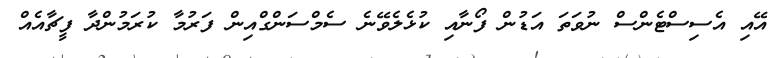
އޭއި އެސިސްޓެންސް ނުވަތަ އަޑުން ފޯނާއި ކުޅެލެވޭނެ ސެމްސަންގްއިން ފަރުމާ ކުރަމުންދާ ފީޗާއެއް